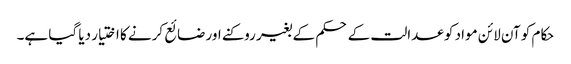
حکام کو آن لائن مواد کو عدالت کے حکم کے بغیر روکنے اور ضائع کرنے کا اختیار دیا گیا ہے۔